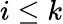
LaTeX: i\leq k